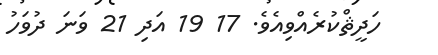
ހަދީޘްކުރެއްވިއެވެ. 17 19 އަދި 21 ވަނަ ދުވަހު